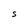
Character: S